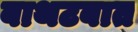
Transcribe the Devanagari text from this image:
बाथटबात